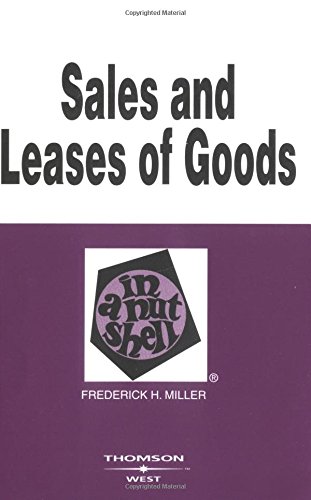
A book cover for Sales and Leases of Goods in a Nutshell; Frederick Miller; Law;